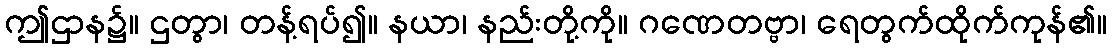
ဤဌာန၌။ ဌတွာ၊ တန့်ရပ်၍။ နယာ၊ နည်းတို့ကို။ ဂဏေတဗ္ဗာ၊ ရေတွက်ထိုက်ကုန်၏။